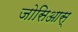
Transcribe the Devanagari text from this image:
जोसिआस्